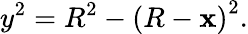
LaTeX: y^{2}=R^{2}-\left(R-\mathbf{x}\right)^{2}.